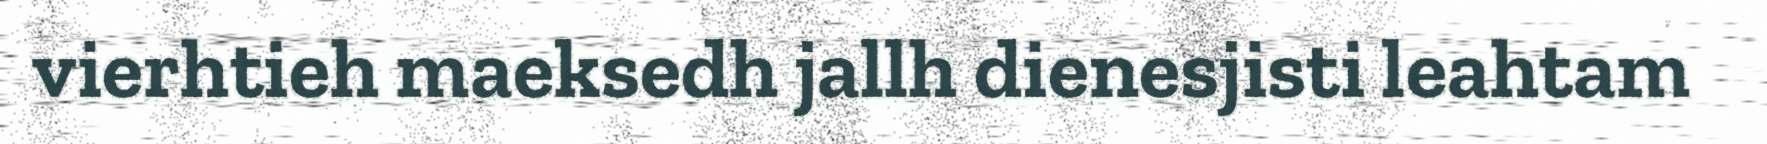
vierhtieh maeksedh jallh dienesjisti leahtam